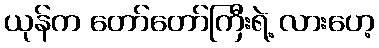
ယုန်က တော်တော်ကြီးရဲ့ လားဟေ့